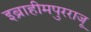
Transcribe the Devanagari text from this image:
इब्राहीमपुरराजू